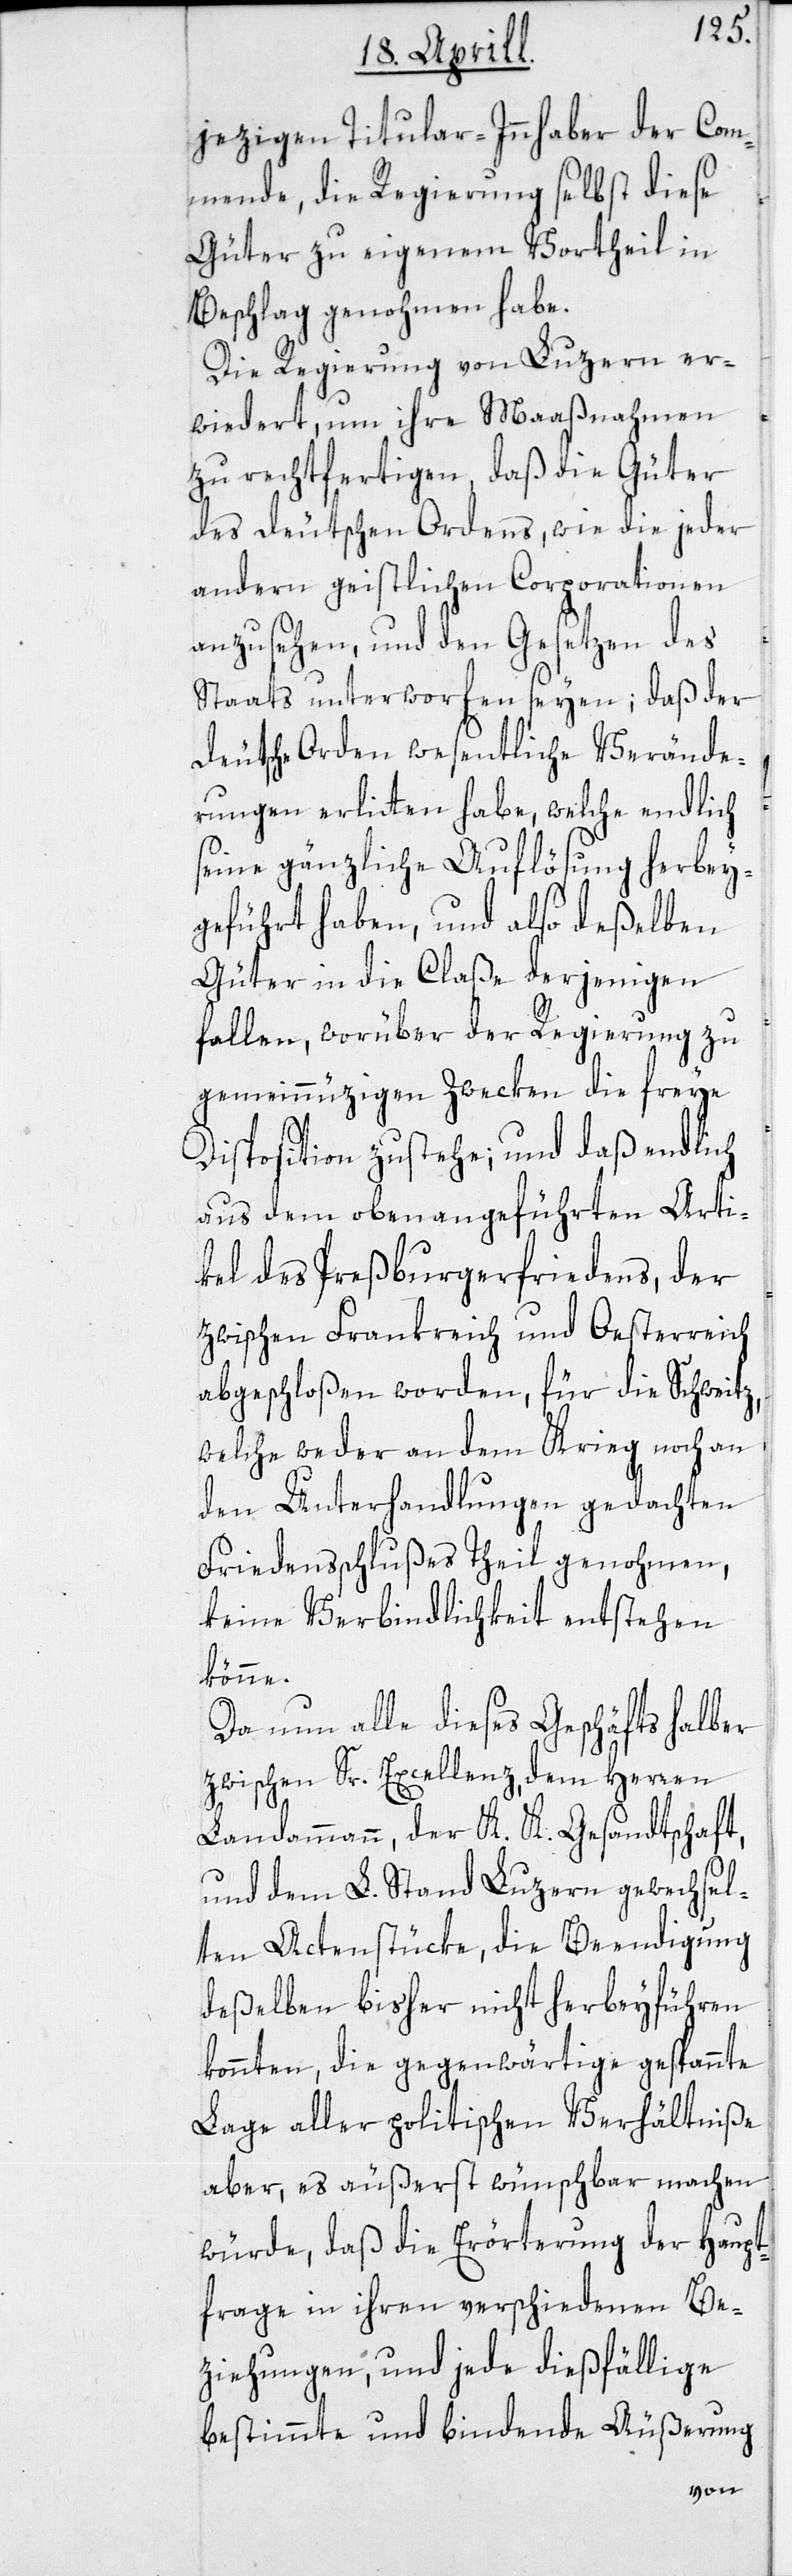
jezigen Titular-Inhaber der Com¬
mende, die Regierung selbst diese
Güter zu eigenem Vortheil in
Beschlag genohmen habe.
Die Regierung von Luzern er¬
wiedert, um ihre Maaßnahmen
zu rechtfertigen, daß die Güter
des deutschen Ordens, wie die jeder
andern geistlichen Corporationen
anzusehen, und den Gesetzen des
Staats unterworfen seyen; daß der
deutsche Orden wesentliche Verände¬
rungen erlitten habe, welche endlich
seine gänzliche Auflösung herbey¬
geführt haben, und also deßelben
Güter in die Claße derjenigen
fallen, worüber der Regierung zu
gemeinnüzigen Zwecken die freye
Disposition zustehe; und daß endlich
aus dem oben angeführten Arti¬
kel des Preßburgerfriedens, der
zwischen Frankreich und Oesterreich
abgeschloßen worden, für die Schweitz,
welche weder an dem Krieg noch an
den Unterhandlungen gedachten
Friedensschlußes Theil genohmen,
keine Verbindlichkeit entstehen
könne.
Da nun alle dieses Geschäfts halber
zwischen Sr. Excellenz, dem Herren
Landammann, der K. K. Gesandtschaft,
und dem L. Stand Luzern gewechsel¬
ten Actenstücke, die Beendigung
deßelben bisher nicht herbeyführen
konnten, die gegenwärtige gespannte
Lage aller politischen Verhältniße
aber, es äußerst wünschbar machen
würde, daß die Erörterung der Haupt¬
frage in ihren verschiedenen Be¬
ziehungen, und jede dießfällige
bestimmte und bindende Äußerung